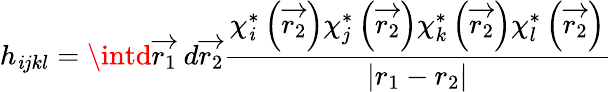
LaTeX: h_{\mathit{i}jkl}=\intd\overrightarrow{{r_{1}}}\ d\overrightarrow{{r_{2}}}\frac{{\chi_{\mathit{i}}^{*}\left(\overrightarrow{{r_{2}}}\right)\chi_{j}^{*}\left(\overrightarrow{{r_{2}}}\right)\chi_{k}^{*}\left(\overrightarrow{{r_{2}}}\right)\chi_{l}^{*}\left(\overrightarrow{{r_{2}}}\right)}}{{\left|r_{1}-r_{2}\right|}}